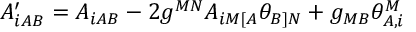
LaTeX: A _ { i A B } ^ { \prime } = A _ { i A B } - 2 g ^ { M N } A _ { i M [ A } \theta _ { B ] N } + g _ { M B } \theta _ { A , i } ^ { M }